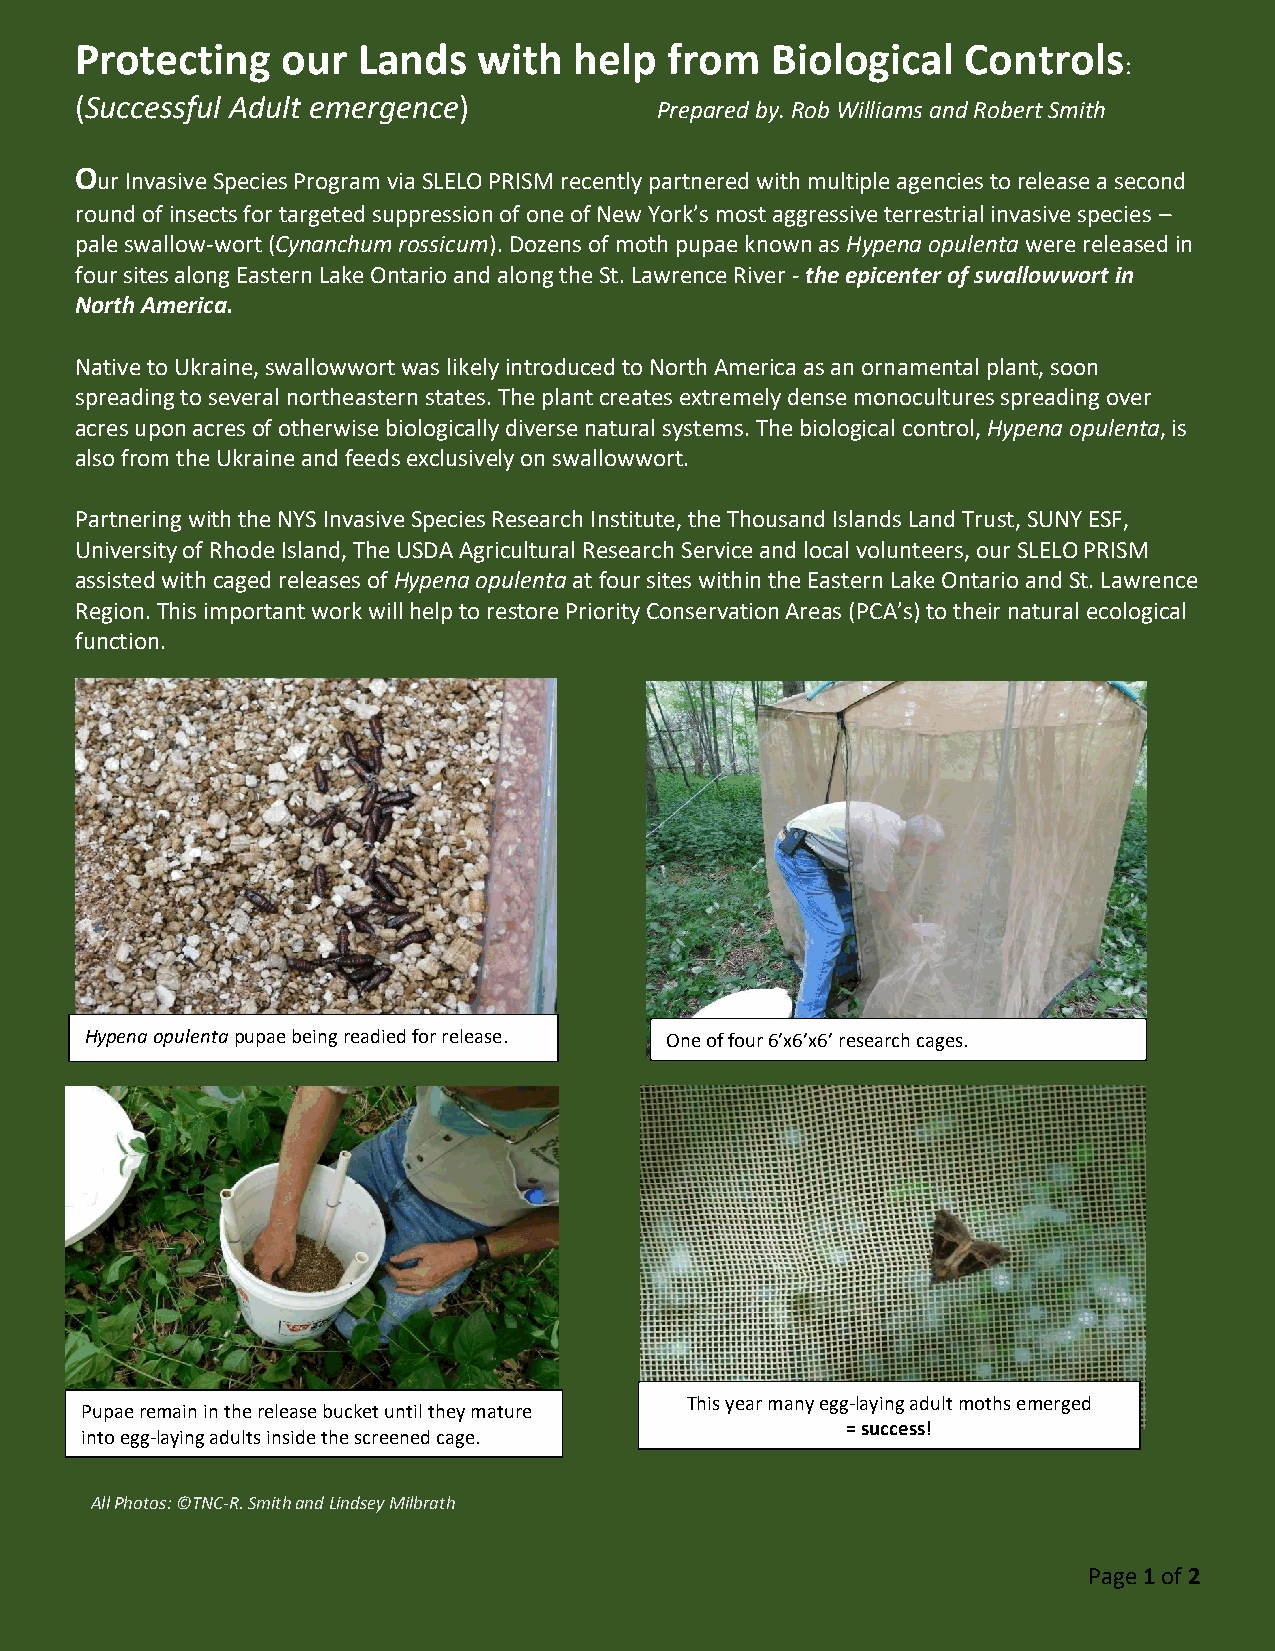
Protecting    our  Lands   with  help  from   Biological   Controls
 :
 (Successful Adult emergence)           Prepared by. Rob Williams and Robert Smith
 Our Invasive Species Program via SLELO PRISM recently partnered with multiple agencies to release a second
 round of insects for targeted suppression of one of New York’s most aggressive terrestrial invasive species –
 pale swallow-wort (Cynanchum rossicum). Dozens of moth pupae known as Hypena opulenta were released in
 four sites along Eastern Lake Ontario and along the St. Lawrence River - the epicenter of swallowwort in
 North America.
 Native to Ukraine, swallowwort was likely introduced to North America as an ornamental plant, soon
 spreading to several northeastern states. The plant creates extremely dense monocultures spreading over
 acres upon acres of otherwise biologically diverse natural systems. The biological control, Hypena opulenta, is
 also from the Ukraine and feeds exclusively on swallowwort.
 Partnering with the NYS Invasive Species Research Institute, the Thousand Islands Land Trust, SUNY ESF,
 University of Rhode Island, The USDA Agricultural Research Service and local volunteers, our SLELO PRISM
 assisted with caged releases of Hypena opulenta at four sites within the Eastern Lake Ontario and St. Lawrence
 Region. This important work will help to restore Priority Conservation Areas (PCA’s) to their natural ecological
 function.
 Hypena opulenta pupae being readied for release. One of four 6’x6’x6’ research cages.
 This year many egg-laying adult moths emerged
 Pupae remain in the release bucket until they mature
 into egg-laying adults inside the screened cage.
 = success!
 All Photos: ©TNC-R. Smith and Lindsey Milbrath
 Page 1 of 2